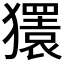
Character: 𰡨